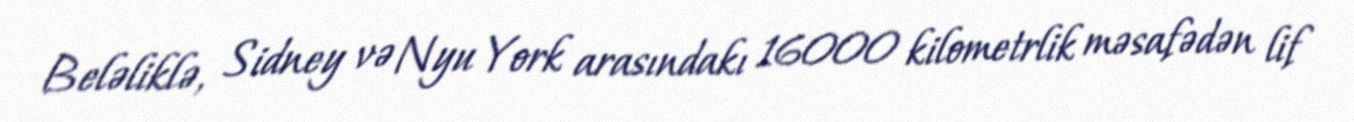
Beləliklə, Sidney və Nyu York arasındakı 16000 kilometrlik məsafədən lif